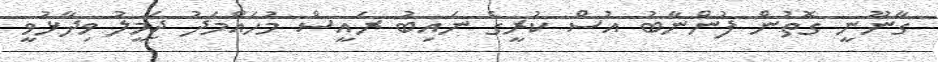
ގާނޫނީ ގޮތުން ފުންނާބު އުސް ކުރީގެ ނައިބު ރައީސް މުހައްމަދު ޖަމީލު ވިދާޅުވީ